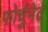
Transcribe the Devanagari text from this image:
फोर्चुनेट